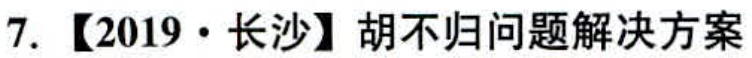
7. 【2019·长沙】胡不归问题解决方案